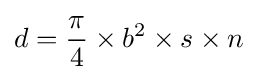
d={\pi  \over 4}\times b^{2}\times s\times n